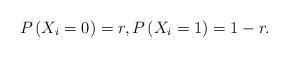
LaTeX: \begin{align*}P\left( X_{i}=0\right) =r,P\left( X_{i}=1\right) =1-r.\end{align*}